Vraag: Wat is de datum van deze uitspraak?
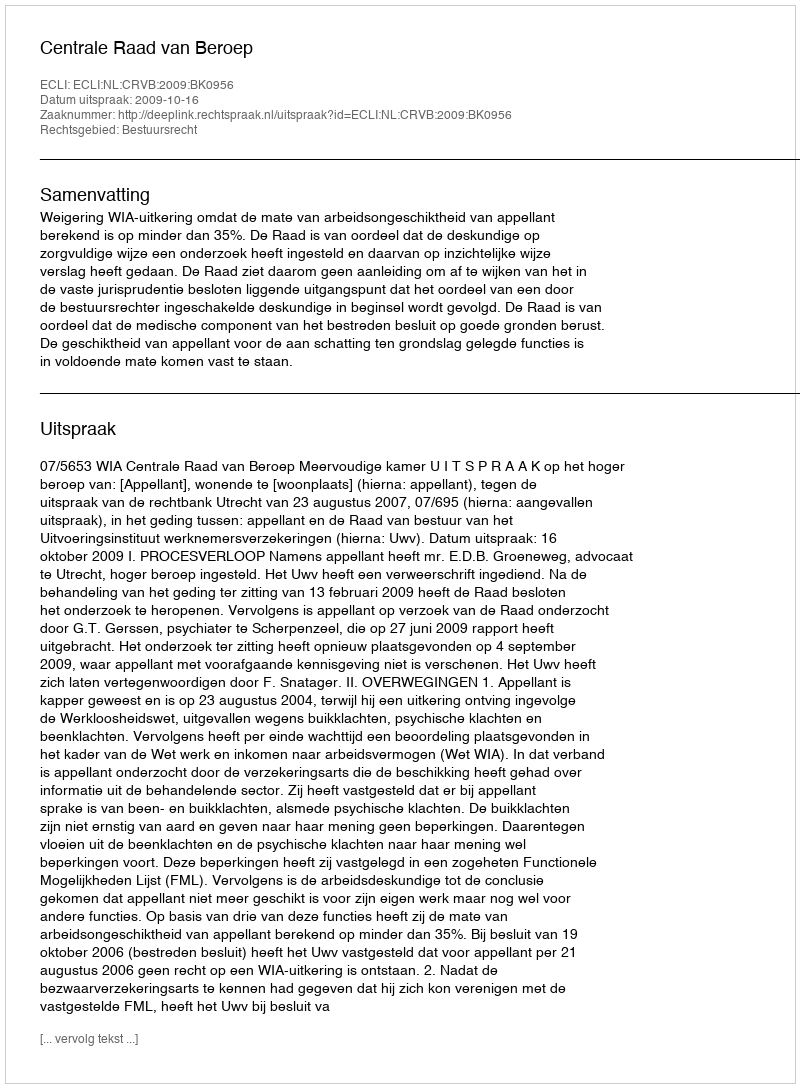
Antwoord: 2009-10-16